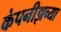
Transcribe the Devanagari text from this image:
कंपनीझच्या